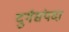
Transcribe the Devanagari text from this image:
दुर्गसंपदा